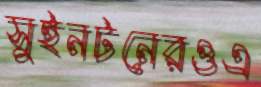
সুইনটনেরওএ